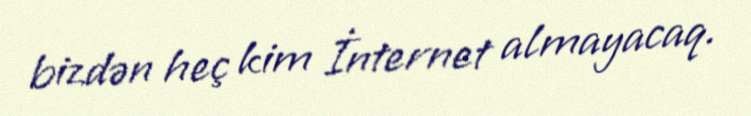
bizdən heç kim İnternet almayacaq.